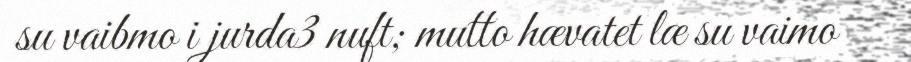
su vaibmo i jurda3 nuft; mutto hævatet læ su vaimo